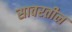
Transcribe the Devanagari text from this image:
सावरतील